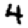
Digit: 4